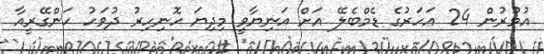
އުމުރުން 24 އަހަރުގެ ޑެމްބެލޭ އަށް އަނިޔާވީ މިދިޔަ ހޮނިހިރު ދުވަހު ހަންގޭރީއާ